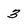
Character: 3